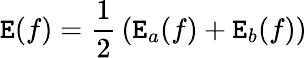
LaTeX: \mathtt{E}(f)={\frac{{1}}{{2}}}\left(\mathtt{E}_{a}(f)+\mathtt{E}_{b}(f)\right)